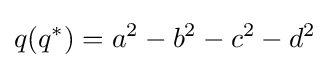
q(q^{*})=a^{2}-b^{2}-c^{2}-d^{2}